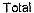
TOTAL